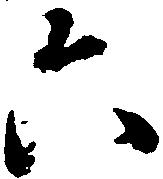
六